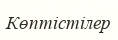
Көптістілер